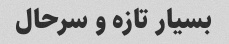
بسیار تازه و سرحال